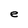
Character: e